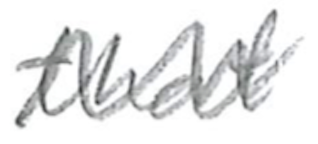
Text: that
Cross-out: zig-zag
Writing tool: pencil